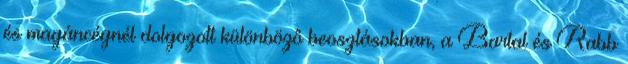
és magáncégnél dolgozott különbözô beosztásokban, a Bartal és Rabb